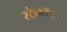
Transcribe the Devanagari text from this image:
स्टेनबॅक